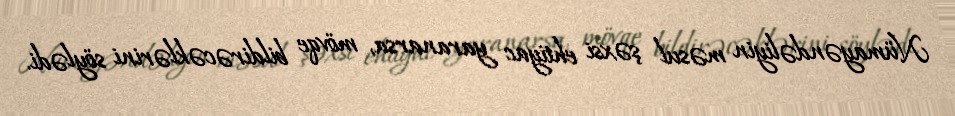
Nümayəndəliyin məsul şəxsi ehtiyac yaranarsa, mövqe bildirəcəklərini söylədi.